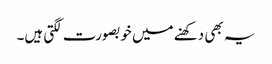
یہ بھی دکھنے میں خوبصورت لگتی ہیں۔